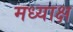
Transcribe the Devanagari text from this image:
मध्याक्ष